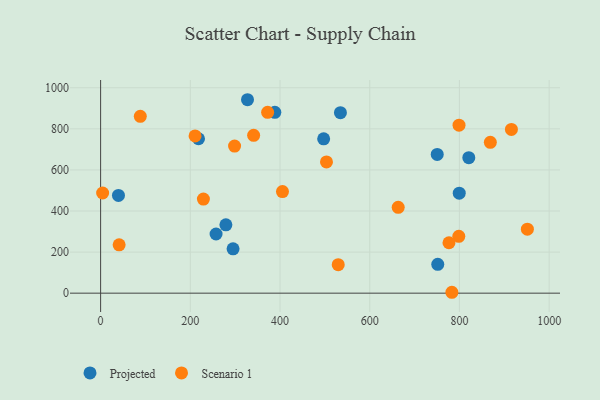
{"axis": {"x": "Price", "y": "Demand"}, "legend": ["Projected", "Scenario 1"], "data": [{"x": "751.7", "y": 140.4, "type": "Projected"}, {"x": "497.3", "y": 751.3, "type": "Projected"}, {"x": "750.5", "y": 675.3, "type": "Projected"}, {"x": "327.5", "y": 941.7, "type": "Projected"}, {"x": "820.9", "y": 659.5, "type": "Projected"}, {"x": "388.4", "y": 880.4, "type": "Projected"}, {"x": "257.4", "y": 288.1, "type": "Projected"}, {"x": "534.7", "y": 878.8, "type": "Projected"}, {"x": "279.3", "y": 332.7, "type": "Projected"}, {"x": "39.8", "y": 475.7, "type": "Projected"}, {"x": "218.3", "y": 751.6, "type": "Projected"}, {"x": "295.3", "y": 215.9, "type": "Projected"}, {"x": "799.6", "y": 486.7, "type": "Projected"}, {"x": "341.2", "y": 768.4, "type": "Scenario 1"}, {"x": "210.6", "y": 765.7, "type": "Scenario 1"}, {"x": "503.6", "y": 638.7, "type": "Scenario 1"}, {"x": "868.9", "y": 734.1, "type": "Scenario 1"}, {"x": "798.6", "y": 276.8, "type": "Scenario 1"}, {"x": "951.5", "y": 311.4, "type": "Scenario 1"}, {"x": "783.2", "y": 4.3, "type": "Scenario 1"}, {"x": "229.2", "y": 458.0, "type": "Scenario 1"}, {"x": "405.5", "y": 494.5, "type": "Scenario 1"}, {"x": "88.5", "y": 860.8, "type": "Scenario 1"}, {"x": "4.5", "y": 487.7, "type": "Scenario 1"}, {"x": "915.9", "y": 797.0, "type": "Scenario 1"}, {"x": "663.5", "y": 417.8, "type": "Scenario 1"}, {"x": "298.7", "y": 716.0, "type": "Scenario 1"}, {"x": "372.4", "y": 880.4, "type": "Scenario 1"}, {"x": "529.8", "y": 138.9, "type": "Scenario 1"}, {"x": "41.3", "y": 235.1, "type": "Scenario 1"}, {"x": "776.7", "y": 245.5, "type": "Scenario 1"}, {"x": "799.1", "y": 818.0, "type": "Scenario 1"}]}